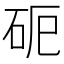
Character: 𥑉